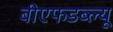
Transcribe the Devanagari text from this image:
बीएफडब्ल्यू